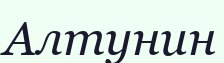
Алтунин